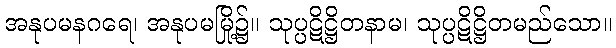
အနုပမနဂရေ၊ အနုပမမြို့၌။ သုပ္ပဋိဋ္ဌိတနာမ၊ သုပ္ပဋိဋ္ဌိတမည်သော။